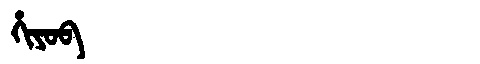
Manchu: ᡥᡳᠶᠣᠪ
Romanization: HIYOB